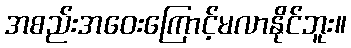
အစည်းအဝေးကြောင့်မလာနိုင်ဘူး။